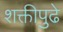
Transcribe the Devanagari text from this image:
शक्तीपुढे